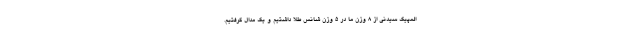
المپیک سیدنی از ۸ وزن ما در ۵ وزن شانس طلا داشتیم و یک مدال گرفتیم.